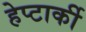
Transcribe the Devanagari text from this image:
हेप्टार्की